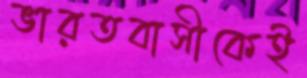
ভারতবাসীকেই